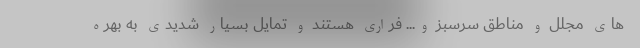
های مجلل و مناطق سرسبز و... فراری­ هستند و تمایل بسیار شدیدی به بهره­